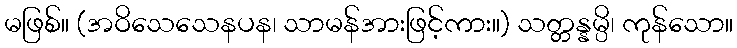
မဖြစ်။ (အဝိသေသေနပန၊ သာမန်အားဖြင့်ကား။) သတ္တန္နမ္ပိ၊ ကုန်သော။